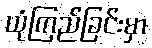
ယုံကြည်ခြင်းမှာ